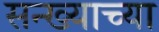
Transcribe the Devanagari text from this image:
सन्ख्याच्या